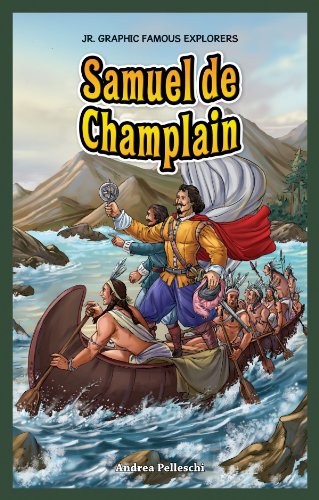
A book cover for Samuel de Champlain (Jr. Graphic Famous Explorers); Andrea Pelleschi; Children's Books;